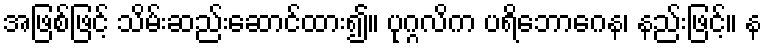
အဖြစ်ဖြင့် သိမ်းဆည်းဆောင်ထား၍။ ပုဂ္ဂလိက ပရိဘောဂေန၊ နည်းဖြင့်။ န